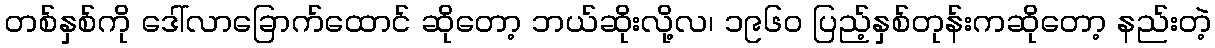
တစ်နှစ်ကို ဒေါ်လာခြောက်ထောင် ဆိုတော့ ဘယ်ဆိုးလို့လ၊ ၁၉၆၀ ပြည့်နှစ်တုန်းကဆိုတော့ နည်းတဲ့